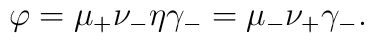
\varphi = \mu_+ \nu_- \eta \gamma_- = \mu_- \nu_+ \gamma_-.